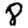
Digit: 8